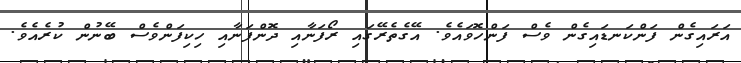
އަރައިގެން ފަންކަނޑައިގެން ވެސް ފަންހޮވައެވެ. އޭގެތެރޭގައި ރޯފަނާއި ދޮންފަނާއި ހިކިފަންވެސް ބޭނުން ކުރެއެވެ.